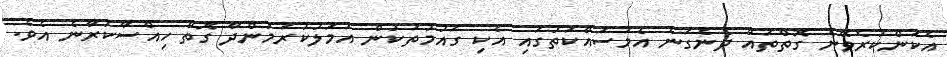
އެކަންކުރެވޭނެ ގޮތްތައް ދެނެގަނެ އެމަސައްކަތުގައި އެކި ގައުމުތަކުން އަމަލުކުރަމުންދާ ގޮތް ހިއްސާކުރާނެ އެވެ.